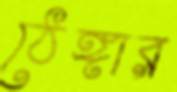
ঠেঙ্গার